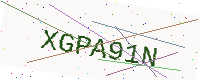
Text: XGPA91N